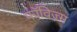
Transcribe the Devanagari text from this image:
फॉविज़्म